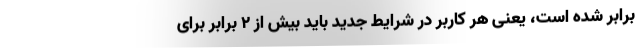
برابر شده است، یعنی هر کاربر در شرایط جدید باید بیش از ۲ برابر برای